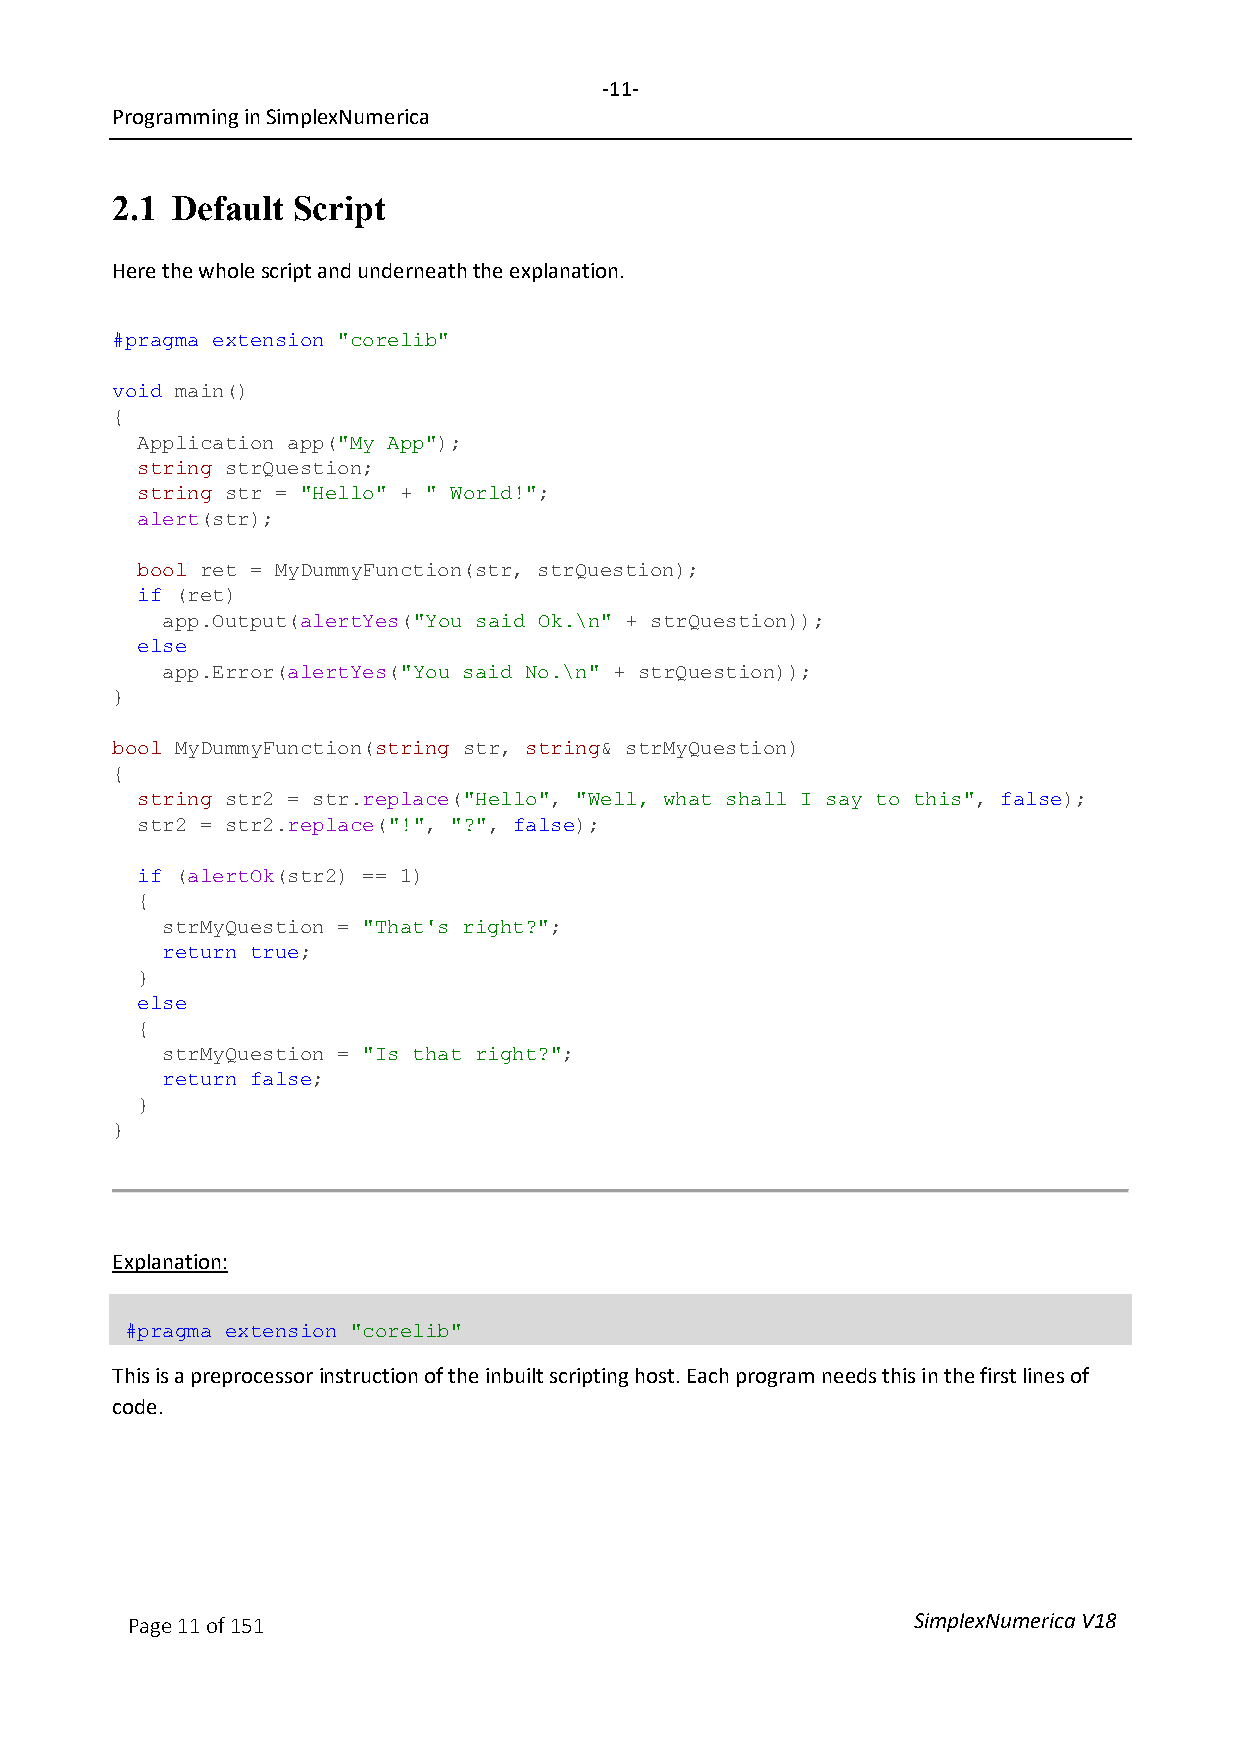
-11-
 Programming in SimplexNumerica
 2.1 Default Script
 Here the whole script and underneath the explanation.
 #pragma extension "corelib"
 void main()
 {
 Application app("My App");
 string strQuestion;
 string str = "Hello" + " World!";
 alert(str);
 bool ret = MyDummyFunction(str, strQuestion);
 if (ret)
 app.Output(alertYes("You said Ok.\n" + strQuestion));
 else
 app.Error(alertYes("You said No.\n" + strQuestion));
 }
 bool MyDummyFunction(string str, string& strMyQuestion)
 {
 string str2 = str.replace("Hello", "Well, what shall I say to this", false);
 str2 = str2.replace("!", "?", false);
 if (alertOk(str2) == 1)
 {
 strMyQuestion = "That's right?";
 return true;
 }
 else
 {
 strMyQuestion = "Is that right?";
 return false;
 }
 }
 Explanation:
 #pragma extension "corelib"
 This is a preprocessor instruction of the inbuilt scripting host. Each program needs this in the first lines of
 code.
 Page 11 of 151                                      SimplexNumerica V18